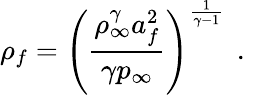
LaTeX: {\rho_{f}=\left(\frac{\rho_{\infty}^{\gamma}a_{f}^{2}}{\gamma p_{\infty}}\right)^{\frac{1}{\gamma-1}}\, \mathrm{~.~}}